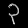
Digit: ၃